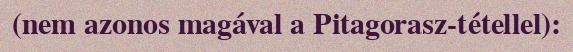
(nem azonos magával a Pitagorasz-tétellel):